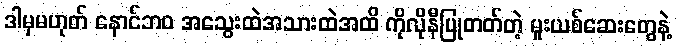
ဒါမှမဟုတ် နောင်ဘဝ အသွေးထဲအသားထဲအထိ ကိုလိုနီပြုတတ်တဲ့ မူးယစ်ဆေးတွေနဲ့